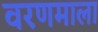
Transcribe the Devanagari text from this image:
वरणमाला